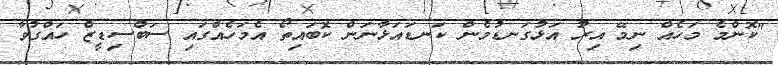
"ކޮންމެ މަހެއް ނިމޭ އިރު އަޅުގަނޑުމެން ކަނޑައަޅާނަން ކޮބައިތޯ އެމަހެއްގައި ސަބްސިޑީޒް ހައްގުވާ